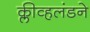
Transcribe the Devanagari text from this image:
क्लीव्हलंडने